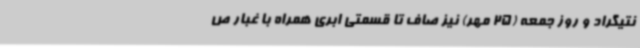
نتیگراد و روز جمعه (25 مهر) نیز صاف تا قسمتی ابری همراه با غبار ص